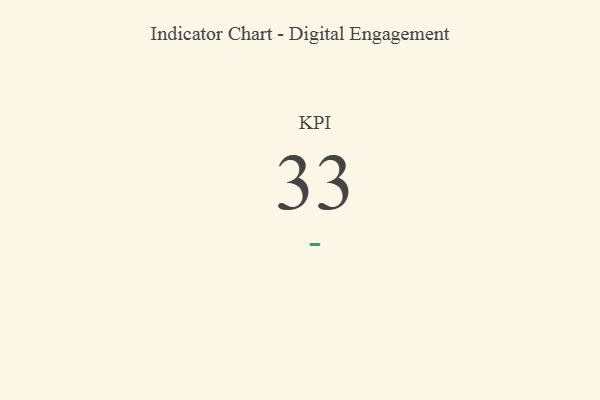
{"axis": {"x": "KPI", "y": "Value"}, "legend": [""], "data": [{"x": "KPI", "y": 33, "type": ""}]}